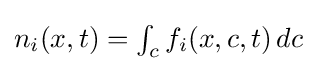
{\textstyle n_{i}(x,t)=\int _{c}f_{i}(x,c,t)\,dc}